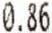
0.86